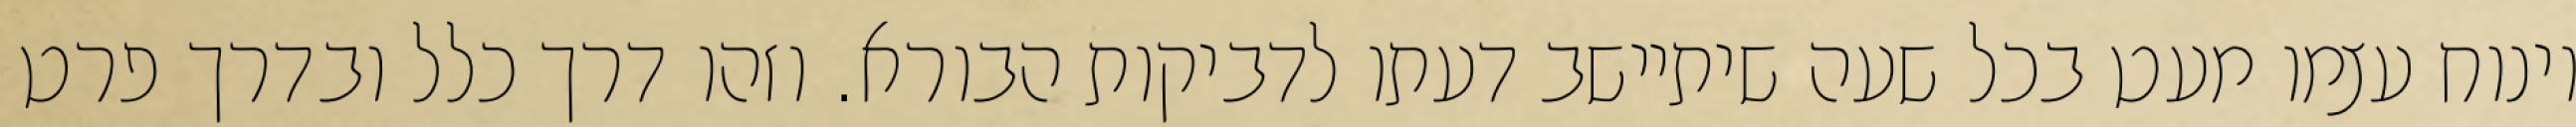
וינוח עצמו מעט בכל שעה שיתיישב דעתו לדביקות הבורא. וזהו דרך כלל ובדרך פרט